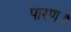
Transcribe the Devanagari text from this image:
पारण।